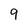
Character: 9